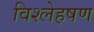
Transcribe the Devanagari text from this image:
विश्लेहषण